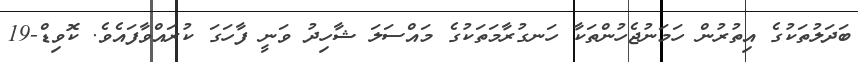
ބަދަލުތަކުގެ އިތުރުން ހަމަނުޖެހުންތަކާ ހަނގުރާމަތަކުގެ މައްސަލަ ޝާހިދު ވަނީ ފާހަގަ ކުރައްވާފައެވެ. ކޮވިޑް-19